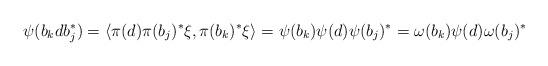
LaTeX: \begin{align*}\psi(b_k d b_j^*)=\langle \pi(d)\pi(b_j)^*\xi,\pi(b_k)^*\xi \rangle=\psi(b_{k})\psi(d)\psi(b_j)^*=\omega(b_{k})\psi(d)\omega(b_j)^*\end{align*}